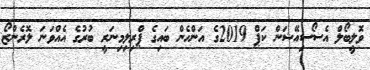
ވޮލީބޯލް އެސޯސިއޭޝަން ކަޕް 2019ގެ އަންހެން ބައިގެ ޕްރިލިމިނަރީ ބުރުގެ އެއްވަނަ ލޮރެންޒޯ